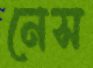
নেস